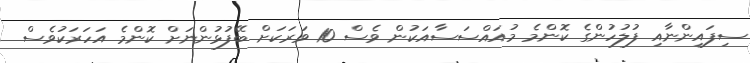
ސިފައިންނާއި ފުލުހުންގެ ކޮންމެ މުއައްސަސާއަކުން ވެސް 10 ވަރަކަށް ބޭފުޅުންނަށް ކޮންމެ އަހަރަކުވެސް